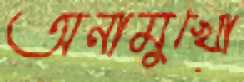
অনামুখো